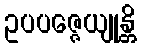
ဥပပဇ္ဇေယျုန္တိ